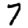
Digit: 7